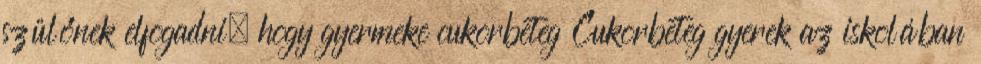
szülőnek elfogadni, hogy gyermeke cukorbeteg Cukorbeteg gyerek az iskolában